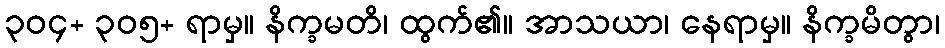
၃၀၄+ ၃၀၅+ ရာမှ။ နိက္ခမတိ၊ ထွက်၏။ အာသယာ၊ နေရာမှ။ နိက္ခမိတွာ၊